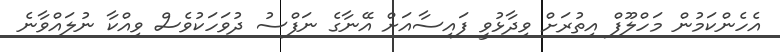
އެހެންކަމުން މަހްލޫފް އިތުރަށް ވިދާޅުވީ ފައިސާއަށް އޭނާގެ ނަފްސު ދުވަހަކުވެސް ވިއްކާ ނުލައްވާނެ